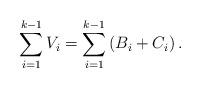
LaTeX: \begin{align*} \sum_{i=1}^{k-1} V_i = \sum_{i=1}^{k-1} \left( B_i + C_i\right) . \end{align*}